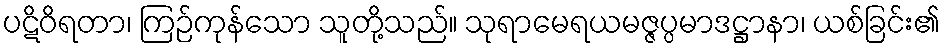
ပဋိဝိရတာ၊ ကြဉ်ကုန်သော သူတို့သည်။ သုရာမေရယမဇ္ဇပ္ပမာဒဋ္ဌာနာ၊ ယစ်ခြင်း၏